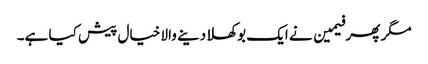
مگر پھر فیمین نے ایک بوکھلا دینے والا خیال پیش کیا ہے۔